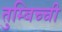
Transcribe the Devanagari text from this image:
तुम्बिच्ची